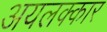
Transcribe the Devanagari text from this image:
अयलक्कार